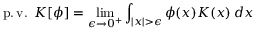
\operatorname { p . v . } \, \, K [ \phi ] = \operatorname* { l i m } _ { \epsilon \to 0 ^ { + } } \int _ { | x | > \epsilon } \phi ( x ) K ( x ) \, d x